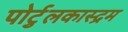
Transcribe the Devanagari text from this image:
पोर्टुलकास्द्रम